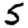
Digit: 5